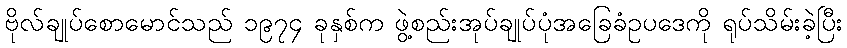
ဗိုလ်ချုပ်စောမောင်သည် ၁၉၇၄ ခုနှစ်က ဖွဲ့စည်းအုပ်ချုပ်ပုံအခြေခံဥပဒေကို ရုပ်သိမ်းခဲ့ပြီး